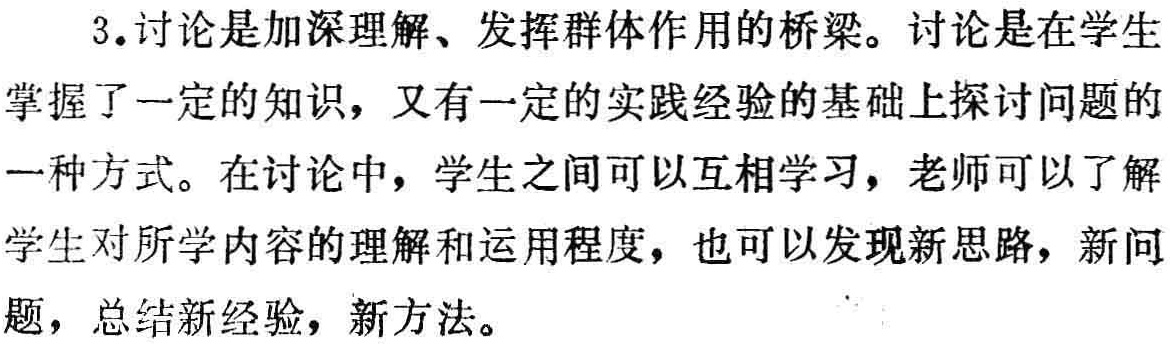
3.讨论是加深理解、发挥群体作用的桥梁。讨论是在学生掌握了一定的知识，又有一定的实践经验的基础上探讨问题的一种方式。在讨论中，学生之间可以互相学习，老师可以了解学生对所学内容的理解和运用程度，也可以发现新思路，新问题，总结新经验，新方法。